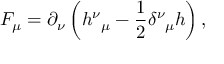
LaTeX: F _ { \mu } = \partial _ { \nu } \left( h _ { \, \, \, \, \mu } ^ { \nu } - \frac 1 2 \delta _ { \, \, \, \, \mu } ^ { \nu } h \right) ,